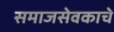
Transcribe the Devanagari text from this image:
समाजसेवकाचे